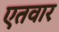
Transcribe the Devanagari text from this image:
एतवार